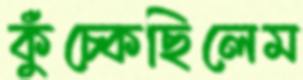
কুঁচ্‌কেছিলেম